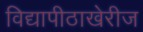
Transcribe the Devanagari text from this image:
विद्यापीठाखेरीज